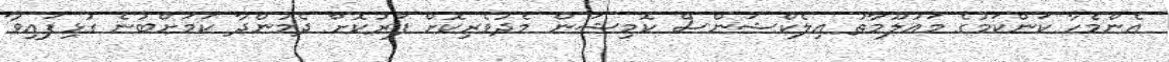
އެންމެހާ ކަންކަމުގެ މައުލޫމާތު އިލެކްޝަންސް ކޮމިޝަން މެދުވެރިކޮށް ފޯރުކޮށް ދެމުންދާ ކަމަށްބުނެ ގުޅިފައިވާ